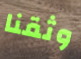
وثقنا